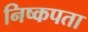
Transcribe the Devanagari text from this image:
निष्कपता